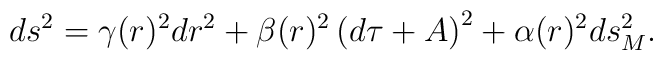
ds^{2}=\gamma(r)^{2}dr^{2} +\beta(r)^{2}\left(d\tau+A\right)^2+\alpha(r)^{2} {ds^{2}_{M}}.